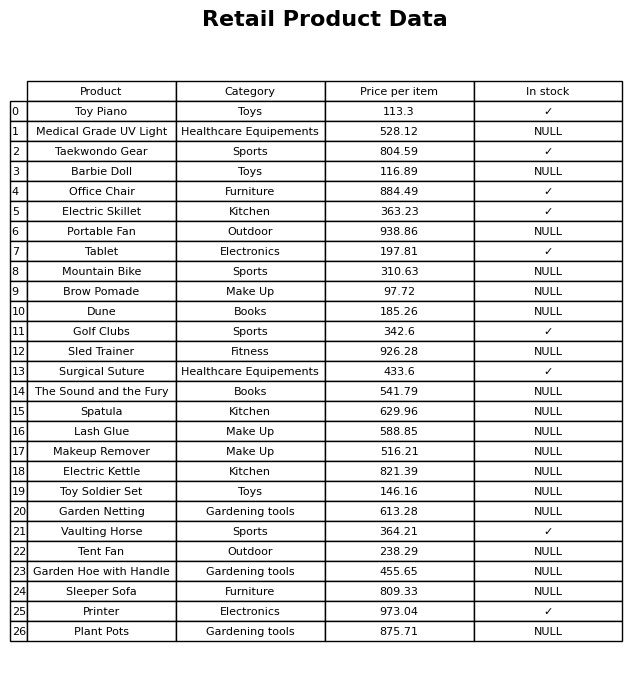
question: What is the price for Surgical Suture?
answer: The price of Surgical Suture is 433.6.